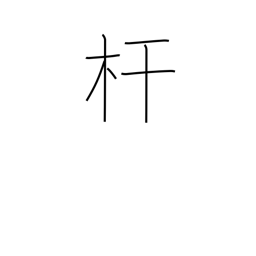
Meaning: pole